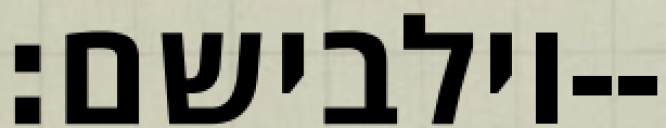
וילבישם׃--